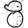
Digit: 8